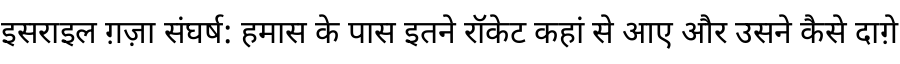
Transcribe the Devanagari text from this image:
इसराइल ग़ज़ा संघर्ष: हमास के पास इतने रॉकेट कहां से आए और उसने कैसे दाग़े